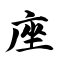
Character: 座